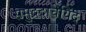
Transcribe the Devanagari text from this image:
समुद्रदाचेयिंद